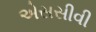
એસસીવી